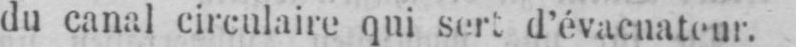
du canal circulaire qui sert d’évacnateur.